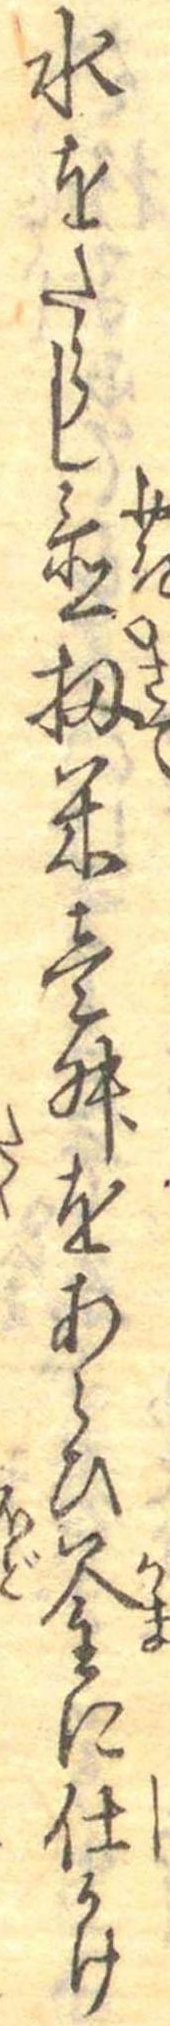
水をたらし置扨米壱舛をあらひ釜に仕かけ